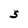
Character: S